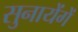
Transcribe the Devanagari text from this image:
सुनायेंगें